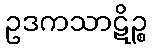
ဥဒကသာဋိဉ္စ